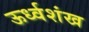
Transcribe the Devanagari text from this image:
ऊर्ध्वशंख